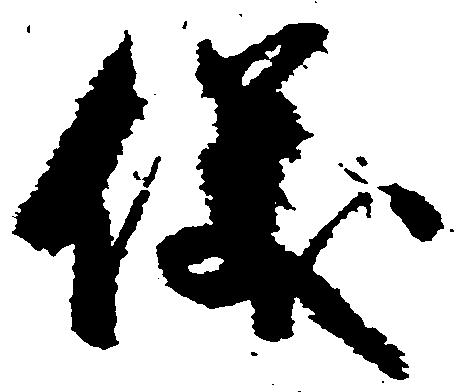
儀